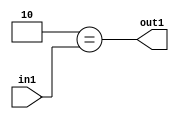
`timescale 1ps / 1ps
/*****************************************************************************
    Verilog RTL Description
    
    
    Created by: Stratus DpOpt 2019.1.01 
*******************************************************************************/

module GauFilter_Eqi2u2_4 (
	in1,
	out1
	); /* architecture "behavioural" */ 
input [1:0] in1;
output  out1;
wire  asc001;

assign asc001 = (7'B0000010==in1);

assign out1 = asc001;
endmodule

/* CADENCE  urX5Qg4= : u9/ySgnWtBlWxVPRXgAZ4Og= ** DO NOT EDIT THIS LINE ******/